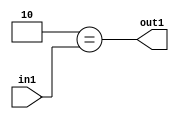
`timescale 1ps / 1ps
/*****************************************************************************
    Verilog RTL Description
    
    
    Created by: Stratus DpOpt 2019.1.01 
*******************************************************************************/

module GauFilter_Eqi2u2_4 (
	in1,
	out1
	); /* architecture "behavioural" */ 
input [1:0] in1;
output  out1;
wire  asc001;

assign asc001 = (7'B0000010==in1);

assign out1 = asc001;
endmodule

/* CADENCE  urX5Qg4= : u9/ySgnWtBlWxVPRXgAZ4Og= ** DO NOT EDIT THIS LINE ******/